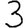
Digit: 3